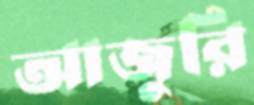
আজুরি